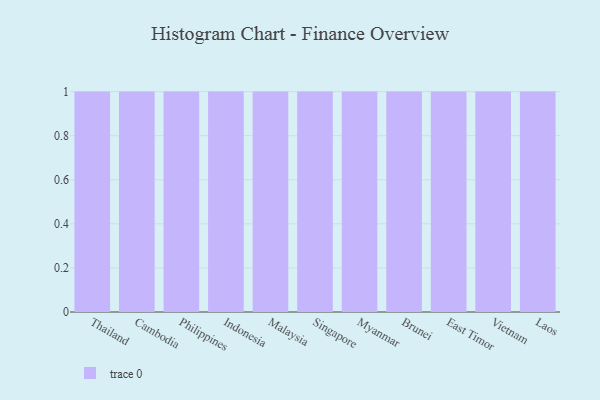
{"axis": {"x": "Country", "y": "Tickets Resolved"}, "legend": [""], "data": [{"x": "Thailand", "y": 68, "type": ""}, {"x": "Cambodia", "y": 25, "type": ""}, {"x": "Philippines", "y": 72, "type": ""}, {"x": "Indonesia", "y": 37, "type": ""}, {"x": "Malaysia", "y": 54, "type": ""}, {"x": "Singapore", "y": 100, "type": ""}, {"x": "Myanmar", "y": 64, "type": ""}, {"x": "Brunei", "y": 31, "type": ""}, {"x": "East Timor", "y": 23, "type": ""}, {"x": "Vietnam", "y": 45, "type": ""}, {"x": "Laos", "y": 29, "type": ""}]}